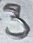
Text: 3